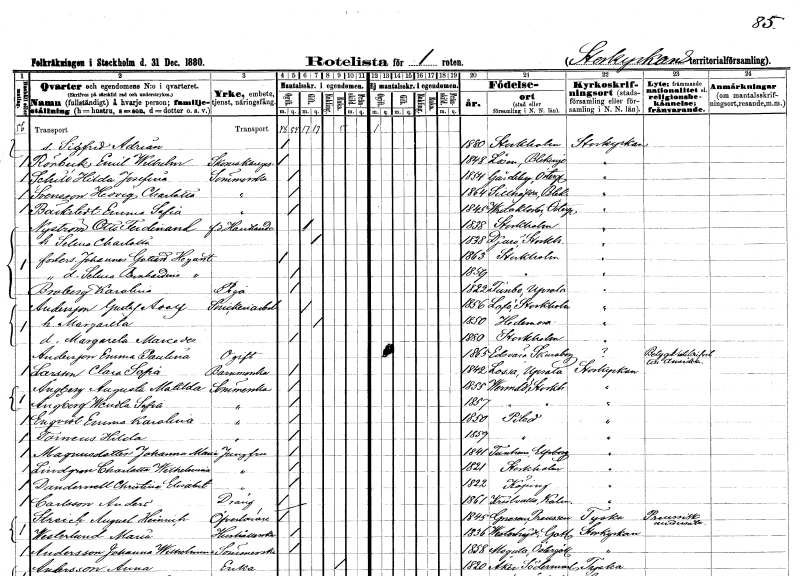
gt_parse: households: individuals: FN: Sigfrid Adrian
KON: M
CIV: O
FODAR: 1880
FODFORS: Stockholm
FN: Emil Wilhelm
EN: Rönbeck
YRKE: Skomakaregesäll
KON: M
CIV: O
FODAR: 1848
FODFORS: Lösen Blekinge län
FN: Hilda Josefina
EN: Schill
YRKE: Sömmerska
KON: K
CIV: O
FODAR: 1854
FODFORS: Gårdeby Östergötlands län
FN: Hedvig Charlotta
EN: Svensson
YRKE: Sömmerska
KON: K
CIV: O
FODAR: 1864
FODFORS: Sillhövda Blekinge län
FN: Emma Sofia
EN: Bäckstedt
YRKE: Sömmerska
KON: K
CIV: O
FODAR: 1845
FODFORS: Vreta kloster Östergötlands län
FN: Otto Ferdinand
EN: Nyström
YRKE: Handlande f.d.
KON: M
CIV: G
FODAR: 1838
FODFORS: Stockholm
FN: Selma Charlotta
KON: K
CIV: G
FODAR: 1838
FODFORS: Djurö Stockholms län
FN: Johannes Gotthard
EN: Hegant
KON: M
CIV: O
FODAR: 1863
FODFORS: Stockholm
FN: Selma Bernhardina
EN: Hegant
KON: K
CIV: O
FODAR: 1859
FODFORS: Stockholm
FN: Karolina
EN: Broberg
YRKE: Piga
KON: K
CIV: O
FODAR: 1822
FODFORS: Funbo Uppsala län
FN: Gustaf Adolf
EN: Andersson
YRKE: Snickeriarbetare
KON: M
CIV: G
FODAR: 1856
FODFORS: Lovö Stockholms län
FN: Margareta
KON: K
CIV: G
FODAR: 1850
FODFORS: Hedemora Kopparbergs län
FN: Margareta Marcedes
KON: K
CIV: O
FODAR: 1880
FODFORS: Stockholm
FN: Emma Paulina
EN: Andersson
KON: K
CIV: O
FODAR: 1865
FODFORS: Edsvära Skaraborgs län
FN: Clara Sofia
EN: Larsson
YRKE: Barnmorska
KON: K
CIV: O
FODAR: 1842
FODFORS: Lossa Stockholms län
FN: Augusta Matilda
EN: Ångberg
YRKE: Sömmerska
KON: K
CIV: O
FODAR: 1855
FODFORS: Värmdö Stockholms län
FN: Wendla Sofia
EN: Ångberg
YRKE: Sömmerska
KON: K
CIV: O
FODAR: 1857
FODFORS: Värmdö Stockholms län
FN: Emma Karolina
EN: Enqvist
YRKE: Sömmerska
KON: K
CIV: O
FODAR: 1850
FODFORS: Piteå Norrbottens län
FN: Hilda
EN: Torneus
YRKE: Sömmerska
KON: K
CIV: O
FODAR: 1857
FODFORS: Piteå Norrbottens län
FN: Johanna Maria
EN: Magnusdotter
YRKE: Jungfru
KON: K
CIV: O
FODAR: 1841
FODFORS: Tunhem Älvsborgs län
FN: Charlotta Wilhelmina
EN: Lindgren
YRKE: Jungfru
KON: K
CIV: O
FODAR: 1821
FODFORS: Stockholm
FN: Christina Elisabet
EN: Dandernell
YRKE: Jungfru
KON: K
CIV: O
FODAR: 1822
FODFORS: Köping Västmanlands län
FN: Anders
EN: Carlsson
YRKE: Dräng
KON: M
CIV: O
FODAR: 1861
FODFORS: Kristvalla Kalmar län
FN: August Heinrich
EN: Streich
YRKE: Överlärare
KON: M
CIV: O
FODAR: 1845
FN: Maria
EN: Westerlund
YRKE: Hushållerska
KON: K
CIV: O
FODAR: 1836
FODFORS: Västerhejde Gotlands län